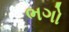
ભગો